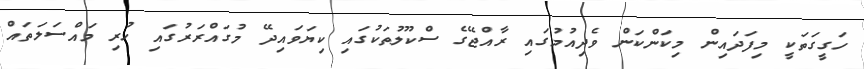
ހަގީގަތަކީ މިފަދައިން މިކަންކަން ވެދިއުމުގައި ރާއްޖޭގެ ސްކޫލުތަކުގައި ކިޔަވައިދޭ މުގައްރަރުގައި ހުރި މައްސަލަތައް